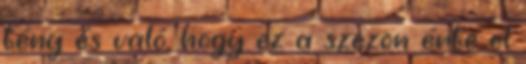
tény és való, hogy ez a szezon érte el